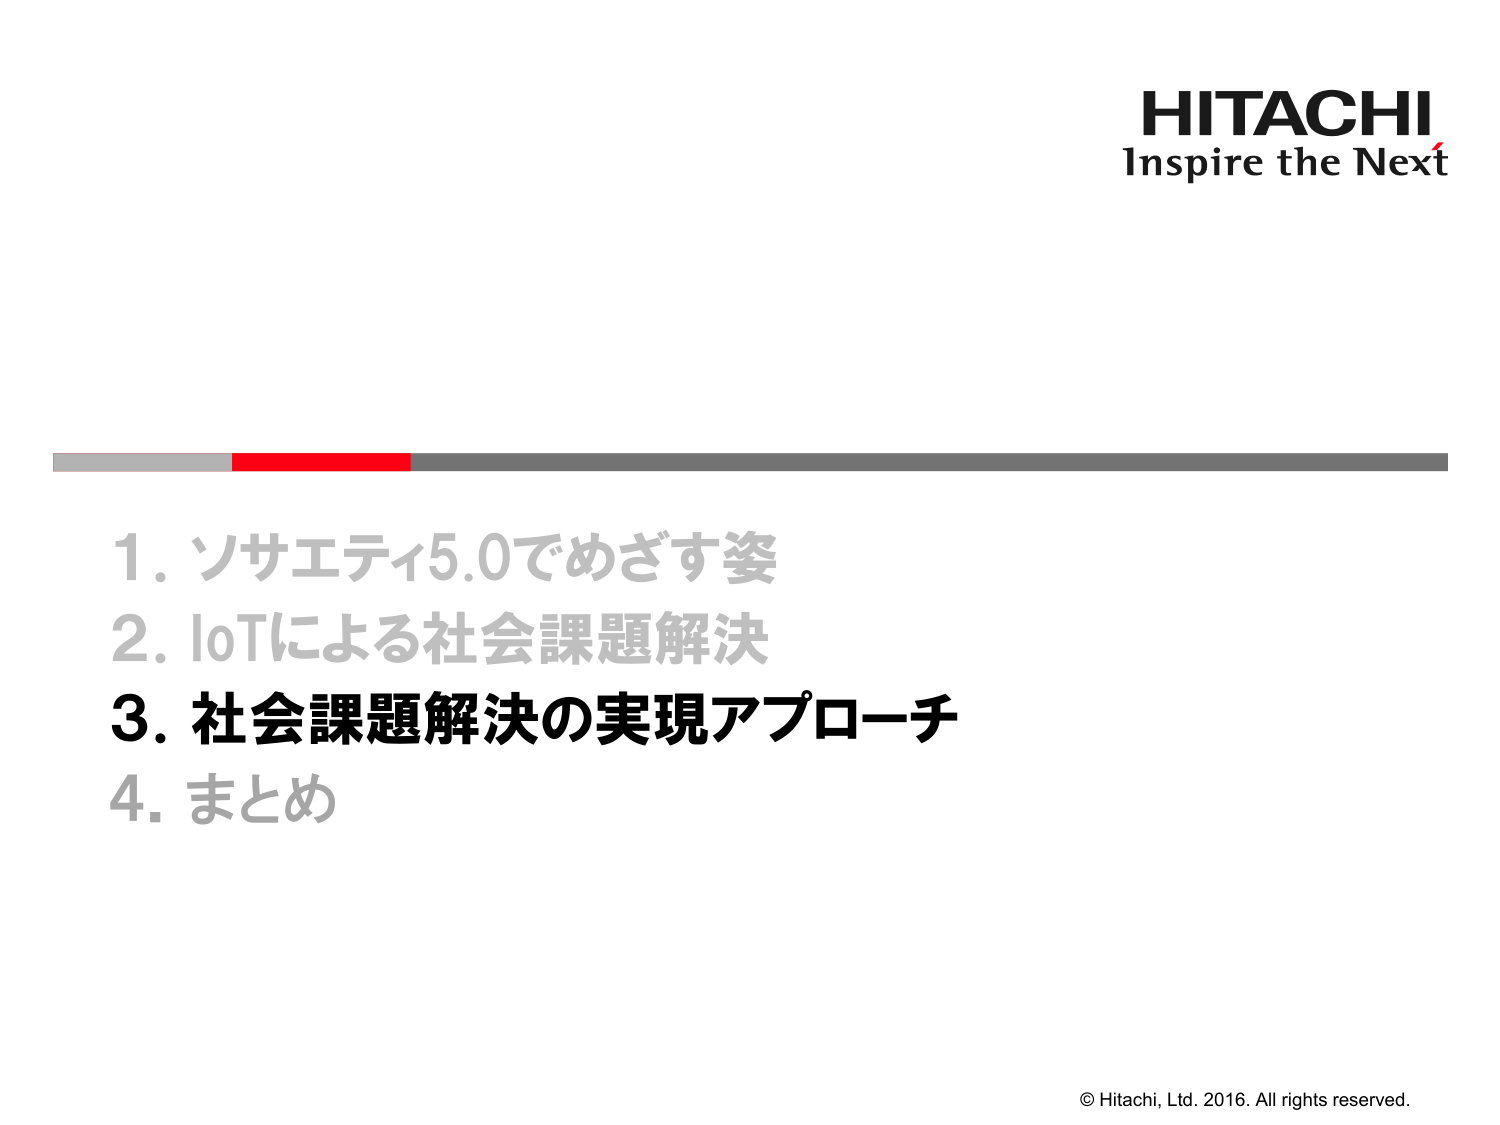
HITACHI
Inspire the Next

1. ソサエティ5.0でめざす姿
2. IoTによる社会課題解決
3. 社会課題解決の実現アプローチ
4. まとめ

© Hitachi, Ltd. 2016. All rights reserved.